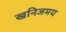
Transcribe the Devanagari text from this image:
खनिजमय